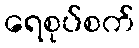
ရေစုပ်စက်